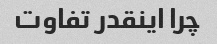
چرا اینقدر تفاوت